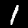
Label: 1